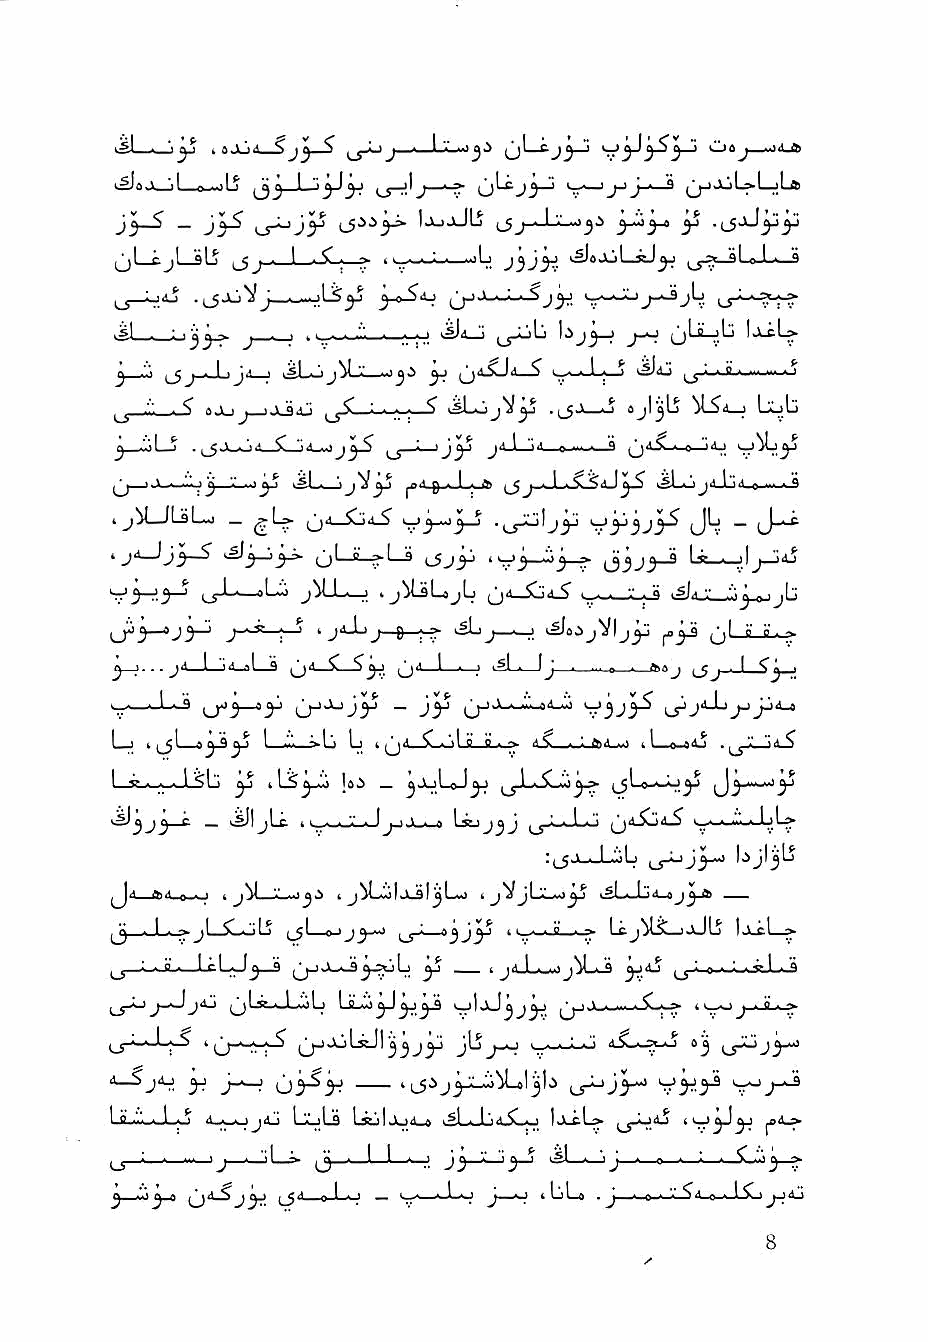
ygl   I 6Aj4—Sj^—$ J—■—li.V-"'         tiljoj—-)a_A
 •,! . ..,K ^         U^J5~^ >—>— ^ (jjAjL»Lj!j6
 IjUjJLj (_gj . 1 '.' ■■! ^
 ^LcjLsli   L. ,C. ^ i^_.__:_.—-jL iSJojjLiJ^ ^_ygt-3l»1.* fi
 ,j—Lj4j . ,_$juVJ— 3"^'*^      V-*-^
 .si . - ' jj 7- j ■ ■ t ■,_ ■ ■ ■"■ ■ ■ ■ ' u-ijlj (jLii-jLj
 .'.'i ^_5j . ,Ljii—j ^          5 i^iu
 ^ '*' ■ ^ A .Vj ^ ^ .,1, q ^ Ji • I • • ^ . [_$'V. 6jl^lj Uolj
 >.oL«J . ,_^JL,0 4_^_)4_mJ    ._9 jji5L_o_jij
 ^ ^ ^           Q . I . ^  imi   jdjLlrt I 0 )■■ * ^
 4 jM-JLsl—; _ (_)•! ^4-5               JL _
 (jL-L^Lj ^Jjy      l3ij>-®
 V5~^5~' uf^-*- ^' .; »jiLsLajL (j4_Cj4_? >£Jii.v_.".jj-pjjb
 'J'-^J 0 ?r j—^. ^«:>jVlj^ tjl e e.y
 y-1... j4—1—J4_»l_3 ^j4 .'C_'>^ (j(L_l_._j ^sL.—(j—^—... 0 ■ ftaj i ^3-4
 V—^   o^i-'y o-'-^Jy - jy ^j-'J-^4-.^
 L-;       I— >Li) Ij 4;j<l ^-iul C ii . ^ 4 .. ,^ ftiil -1 tl—e-«4iS . 14-$
 I <> . . . I <1" ^ t LS 1».^ _ ^JljLoJ^ ^||Lo-.-i>J^ -"ly
 I i_A...j;_Jj_>j_^ Lsj jjj-J-o (j4Xj4^
 c _     I
 :,_$Jl-J-^L > bjl^Lj
 J4_a,4_^ .     4 jMJila-sljjLo IjVjljiLvJ^^ 4^L'»1.>4—0
 - 1 ■ -;-J^ ^ (_5l 0->J^-44 i l_. ,..g'_..^ -I jJLj 1jl£1_>
 ijLiL>
 —LcLJ^_9        y   I jiuLwJj'iL-S 3^4j ^ ^ 0.-J-. j-J-. j
 J4j qI ^,..L.„ilj                 "tr*-"
 ■-■-l-;-5v ^jjAjL^1^3j3^ JIj _;-'J 45L.^>-«j
 j'4
 litf....■'■Lo 4...*^^jaIj LjiLiLd L^Iaj4_4 4^1 ^ • * Ijl^L^
 3-^3^ jjA5j'yj iji           4bU .